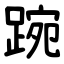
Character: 踠